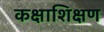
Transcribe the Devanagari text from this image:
कक्षाशिक्षण